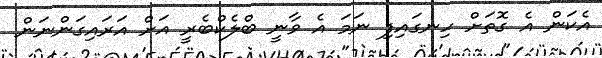
އެކަން އެ ގޮތަށް ހިނގައިފި ނަމަ އެ ވާނީ ބްލެކްބެރީ އަށް އަރައިގަންނަން